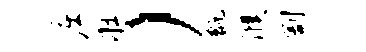
庄壮）甑濮割